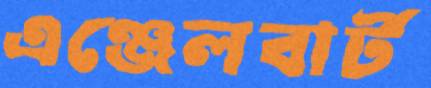
এঞ্জেলবার্ট